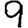
Digit: 9